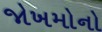
જોખમોનો